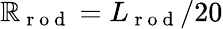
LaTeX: \mathbb{R}_{\mathrm{{~r~o~d~}}}=L_{\mathrm{{~r~o~d~}}}/20